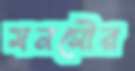
মনসৌর